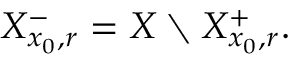
X _ { x _ { 0 } , r } ^ { - } = X \setminus X _ { x _ { 0 } , r } ^ { + } .